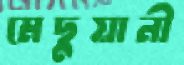
মেছুয়ানী